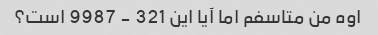
اوه من متاسفم اما آیا این 321 - 9987 است؟